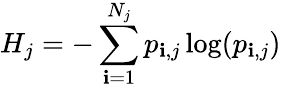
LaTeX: H_{j}=-\sum_{\mathbf{i}=1}^{N_{j}}p_{\mathbf{i},j}\log(p_{\mathbf{i},j})